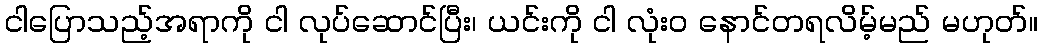
ငါပြောသည့်အရာကို ငါ လုပ်ဆောင်ပြီး၊ ယင်းကို ငါ လုံးဝ နောင်တရလိမ့်မည် မဟုတ်။